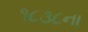
૧૮૩૮ના